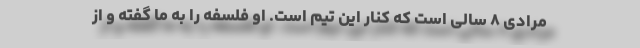
مرادی ۸ سالی است که کنار این تیم است. او فلسفه را به ما گفته و از